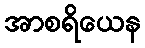
အာစရိယေန